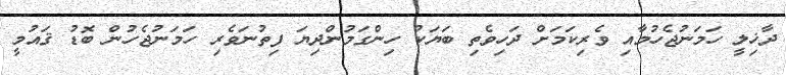
ދާޚިލީ ހަމަނުޖެހުމާއި ވެރިކަމަށް ދަހިވެތި ބަޔަކު ހިންގަމުންދިޔަ ފިތުނަވެރި ހަމަނުޖެހުން ބޮޑު ޤައުމީ